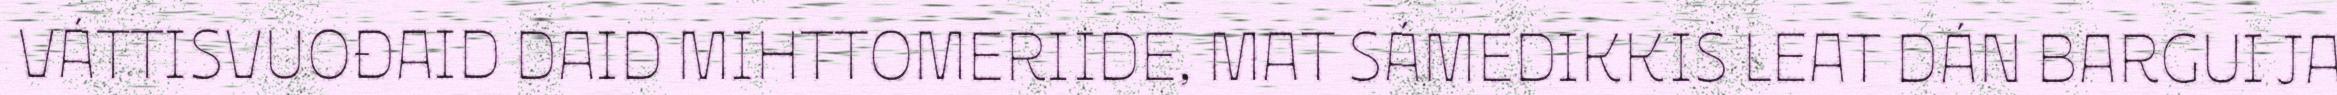
VÁTTISVUOĐAID DAID MIHTTOMERIIDE, MAT SÁMEDIKKIS LEAT DÁN BARGUI JA